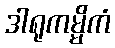
ဒါရုကမ္မိကံ